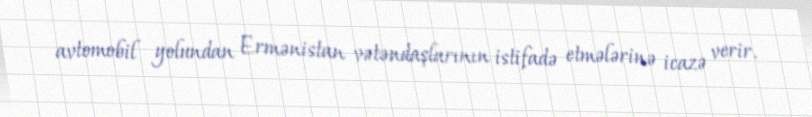
avtomobil yolundan Ermənistan vətəndaşlarının istifadə etmələrinə icazə verir.